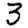
Digit: 3